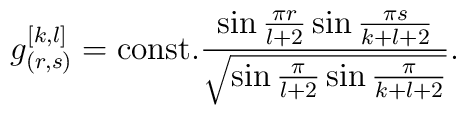
g_{(r,s)}^{[k,l]}={\rm const.}{\sin{\pi r\over{l+2}}\sin{\pi s\over{k+l+2}}\over{\sqrt{\sin{\pi\over{l+2}}\sin{\pi\over{k+l+2}}}}}.